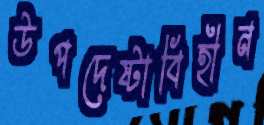
উপদেষ্টাবিহীন